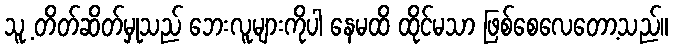
သူ့ တိတ်ဆိတ်မှုသည် ဘေးလူများကိုပါ နေမထိ ထိုင်မသာ ဖြစ်စေလေတော့သည်။